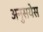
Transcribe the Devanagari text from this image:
अनुसयेस